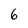
Character: 6